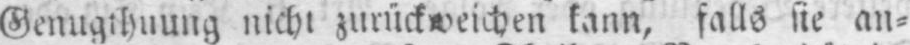
kann, falls sie an⸗